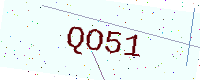
Text: QO51